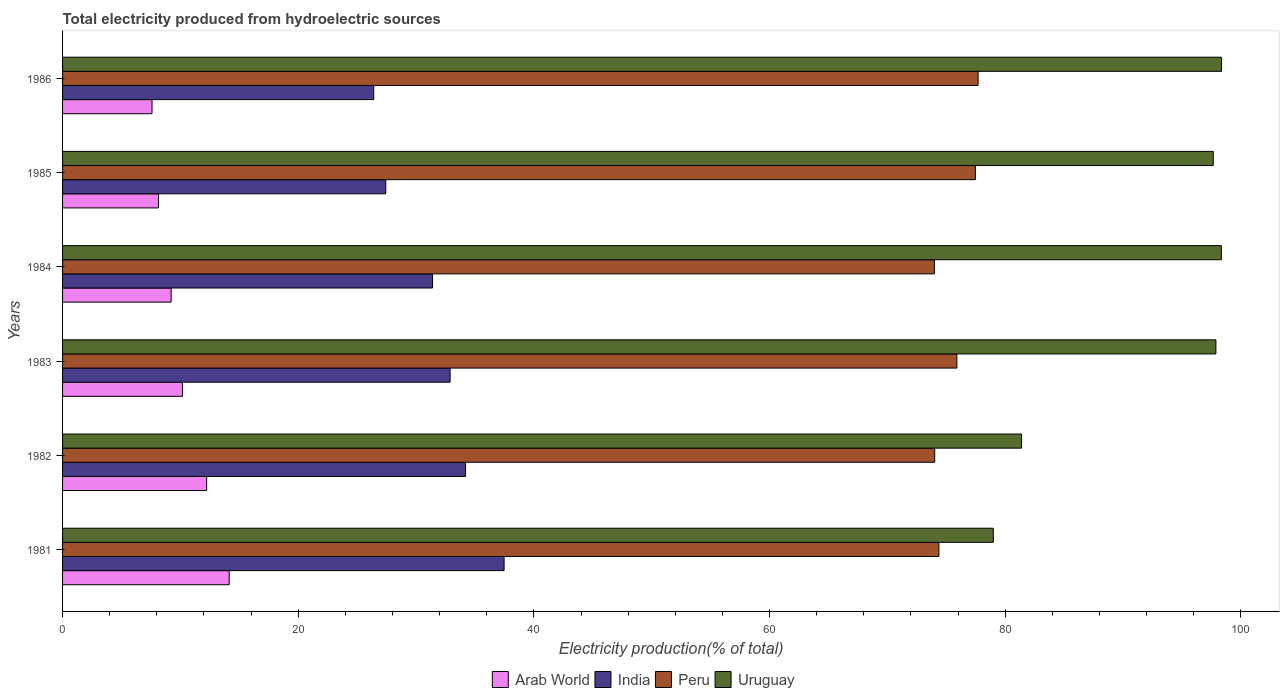
| Years | Arab World | India | Peru | Uruguay |
 | --- | --- | --- | --- | --- |
 | 1981 | 14.1 | 37.5 | 74.4 | 79 |
 | 1982 | 12.2 | 34.2 | 74 | 81.4 |
 | 1983 | 10.2 | 32.9 | 75.9 | 97.9 |
 | 1984 | 9.22 | 31.4 | 74 | 98.3 |
 | 1985 | 8.14 | 27.4 | 77.5 | 97.7 |
 | 1986 | 7.59 | 26.4 | 77.7 | 98.4 |